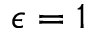
\epsilon = 1